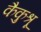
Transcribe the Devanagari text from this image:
कैकुश्रू